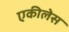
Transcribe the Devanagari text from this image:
एकीलेस